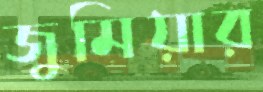
জুমিয়ার